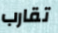
تقارب